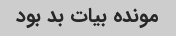
مونده بیات بد بود